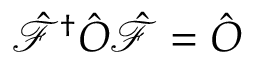
\hat { \mathcal { F } } ^ { \dagger } \hat { O } \hat { \mathcal { F } } = \hat { O }